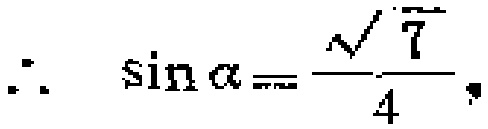
\(\therefore \sin\alpha=\frac{\sqrt{7}}{4},\)